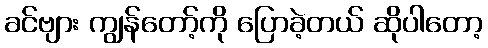
ခင်ဗျား ကျွန်တော့်ကို ပြောခဲ့တယ် ဆိုပါတော့